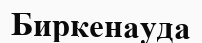
Биркенауда